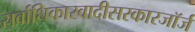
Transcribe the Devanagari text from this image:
सर्वाधिकारवादीसरकारजॉर्ज